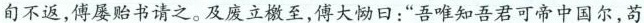
旬不返，傅屡贻书请之。及废立檄至，傅大恸日：”吾唯知吾君可帝中国尔，苟